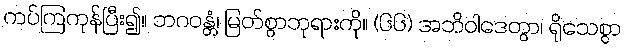
ကပ်ကြကုန်ပြီး၍။ ဘဂဝန္တံ၊ မြတ်စွာဘုရားကို။ (၆၆) အဘိဝါဒေတွာ၊ ရိုသေစွာ